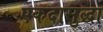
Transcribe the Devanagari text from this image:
एकदासुद्धा